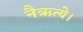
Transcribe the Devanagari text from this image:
नैऋत्ये।